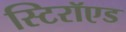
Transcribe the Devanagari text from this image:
स्टिरॉएड